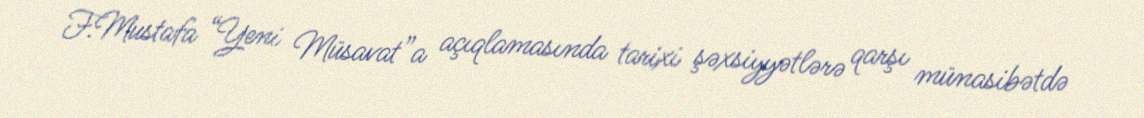
F.Mustafa “Yeni Müsavat”a açıqlamasında tarixi şəxsiyyətlərə qarşı münasibətdə